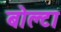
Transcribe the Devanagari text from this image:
बोल्टा